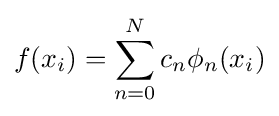
f(x_{i})=\sum _{n=0}^{N}c_{n}\phi _{n}(x_{i})